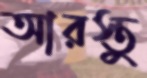
আরস্তু